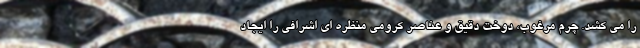
را می کشد. چرم مرغوب، دوخت دقیق و عناصر کرومی منظره ای اشرافی را ایجاد